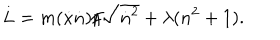
L = m ( { \dot { x } } { \dot { n } } ) / { \sqrt { { \dot { n } } ^ { 2 } } } + \lambda ( n ^ { 2 } + 1 ) . \,